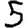
Digit: 5